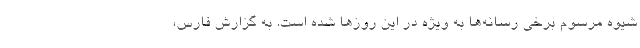
شیوه مرسوم برخی رسانه‌ها به ویژه در این روز‌ها شده است. به گزارش فارس،